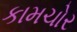
કામચોર